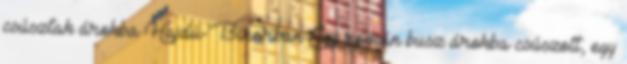
csúsztak árokba Hajdú-Biharban Egy román busz árokba csúszott, egy